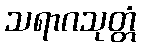
သရာဂသုတ္တံ